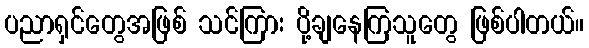
ပညာရှင်တွေအဖြစ် သင်ကြား ပို့ချနေကြသူတွေ ဖြစ်ပါတယ်။